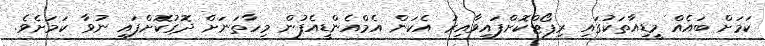
ކަަމަށް ބައެއް މީޑިއާތަކުގައި ރިޕޯޓްކޮށްފައިވާއިރު އެކަން އެމްއެންޑީއެފުން މިހާތަނަށް ދޮގުކޮށްފައި ނުވާ ކަމަށެވެ.